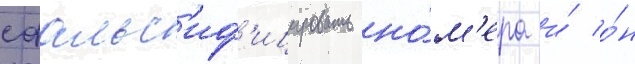
сфальс'иф'ицировать но́м'ера и́ о́н